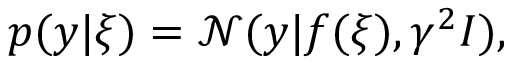
p ( y | \xi ) = \mathcal { N } ( y | f ( \xi ) , \gamma ^ { 2 } I ) ,